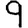
Digit: 9